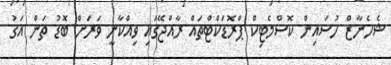
ޝެހެނާޒް ހުސައިން ކޮސްމެޓިކް ޕްރޮޑަކްޓްތައް ރާއްޖޭގައި ވިއްކާނީ ވަރަށް ބޮޑު ތަން އަގު